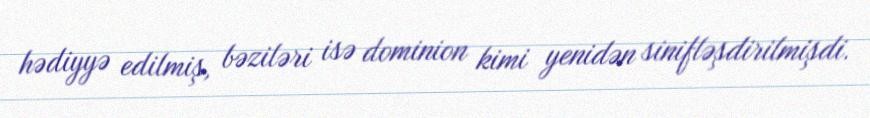
hədiyyə edilmiş, bəziləri isə dominion kimi yenidən sinifləşdirilmişdi.